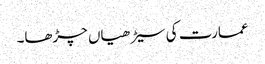
عمارت کی سیڑھیاں چڑھا۔